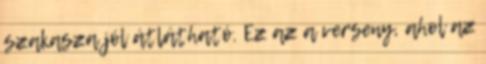
szakasza jól átlátható. Ez az a verseny, ahol az